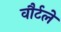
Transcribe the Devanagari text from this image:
वौर्टले